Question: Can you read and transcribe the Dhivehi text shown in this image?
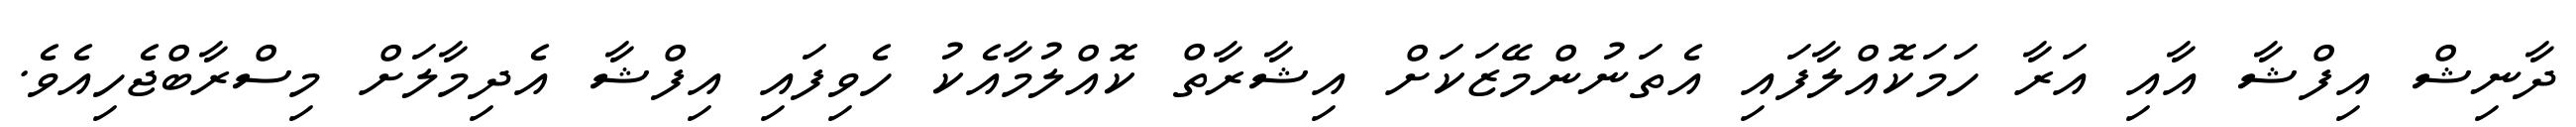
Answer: ދާނިޝް އިފްޝާ އާއި އަރާ ހަމަކޮއްލާފައި އެތަނުންމޭޒަކަށް އިޝާރާތް ކޮއްލުމާއެކު ހެވިފައި އިފްޝާ އެދިމާލަށް މިސްރާބްޖެހިއެވެ.